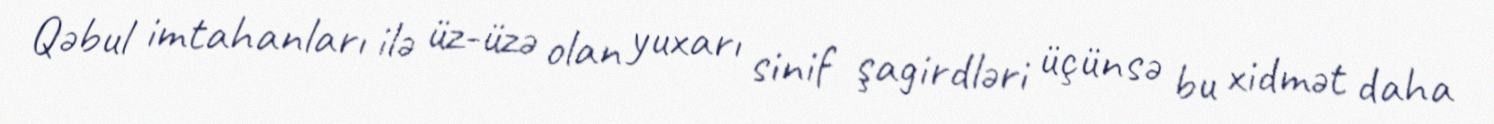
Qəbul imtahanları ilə üz-üzə olan yuxarı sinif şagirdləri üçünsə bu xidmət daha